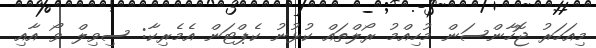
މިއަހަރު ޖޮހާންސަން މުހިއްމު ރޯލްތައް ކުޅުނު ކެޕްޓަން އެމެރިކާ: ސިވިލް ވޯ އާއި